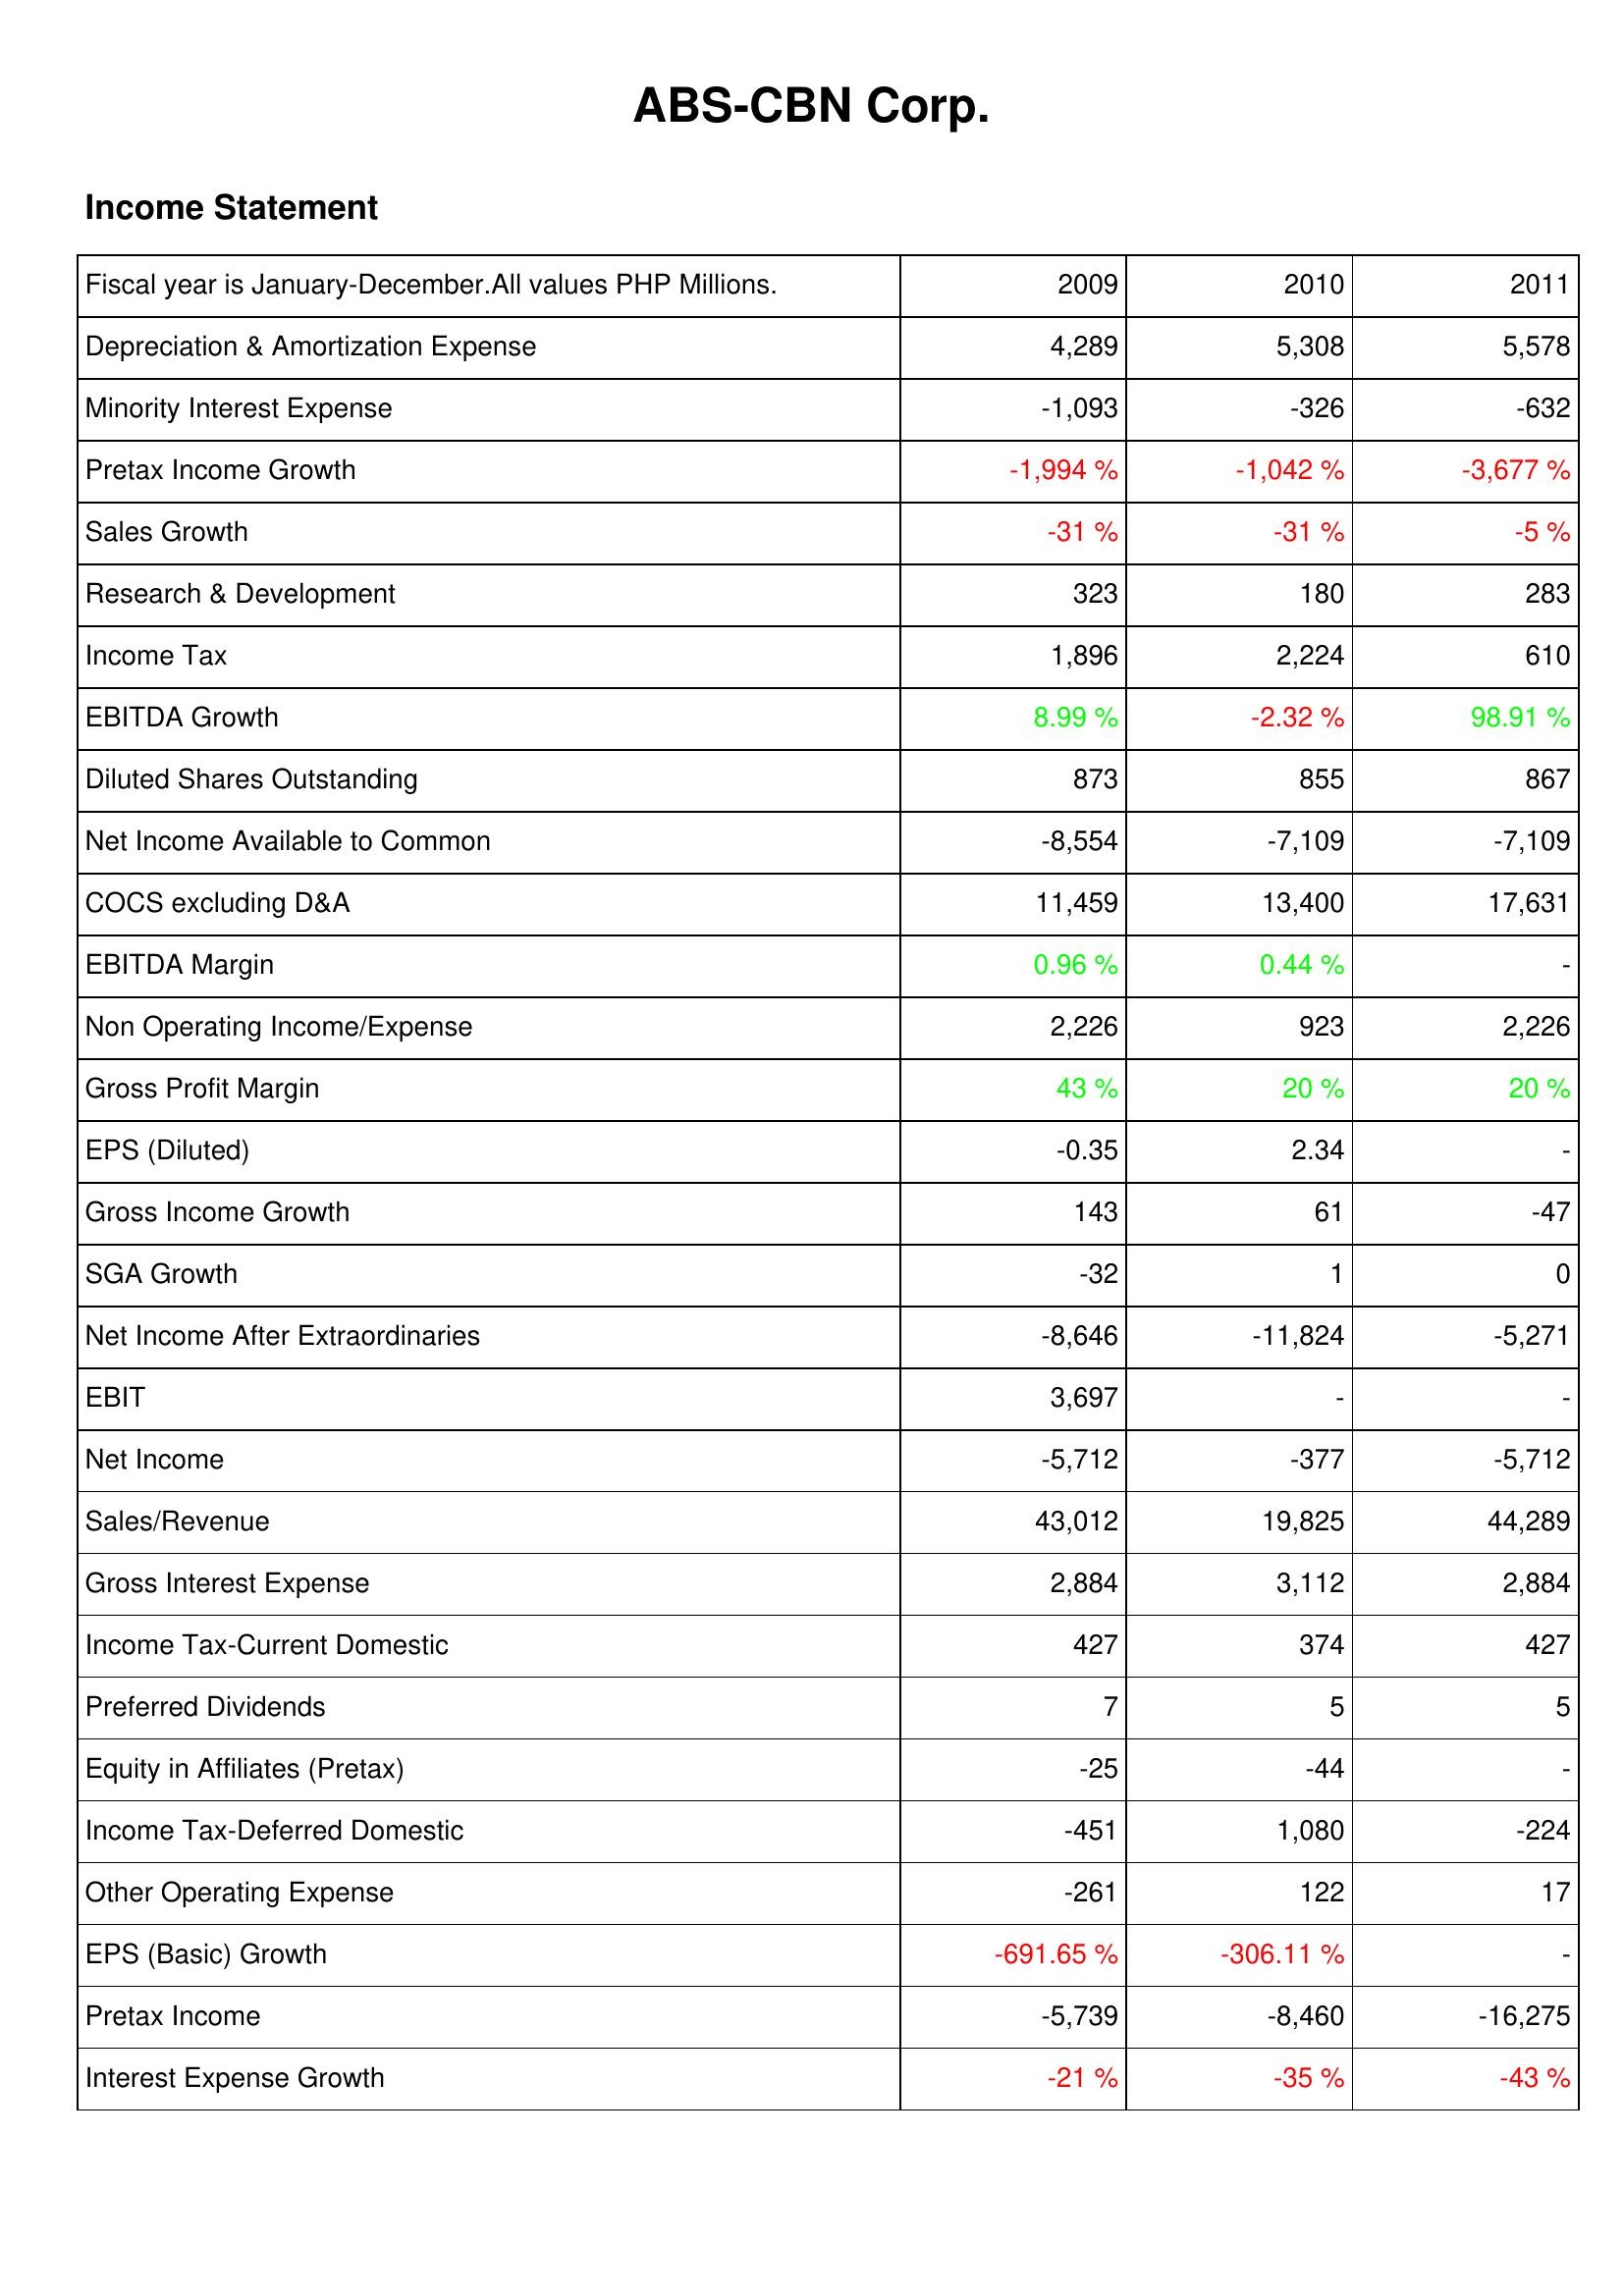
2009: Income Statement: Depreciation & Amortization Expense: 4,289
Minority Interest Expense: -1,093
Pretax Income Growth: -1,994 %
Sales Growth: -31 %
Research & Development: 323
Income Tax: 1,896
EBITDA Growth: 8.99 %
Diluted Shares Outstanding: 873
Net Income Available to Common: -8,554
COCS excluding D&A: 11,459
EBITDA Margin: 0.96 %
Non Operating Income/Expense: 2,226
Gross Profit Margin: 43 %
EPS (Diluted): -0.35
Gross Income Growth: 143
SGA Growth: -32
Net Income After Extraordinaries: -8,646
EBIT: 3,697
Net Income: -5,712
Sales/Revenue: 43,012
Gross Interest Expense: 2,884
Income Tax-Current Domestic: 427
Preferred Dividends: 7
Equity in Affiliates (Pretax): -25
Income Tax-Deferred Domestic: -451
Other Operating Expense: -261
EPS (Basic) Growth: -691.65 %
Pretax Income: -5,739
Interest Expense Growth: -21 %
2010: Income Statement: Depreciation & Amortization Expense: 5,308
Minority Interest Expense: -326
Pretax Income Growth: -1,042 %
Sales Growth: -31 %
Research & Development: 180
Income Tax: 2,224
EBITDA Growth: -2.32 %
Diluted Shares Outstanding: 855
Net Income Available to Common: -7,109
COCS excluding D&A: 13,400
EBITDA Margin: 0.44 %
Non Operating Income/Expense: 923
Gross Profit Margin: 20 %
EPS (Diluted): 2.34
Gross Income Growth: 61
SGA Growth: 1
Net Income After Extraordinaries: -11,824
EBIT: -
Net Income: -377
Sales/Revenue: 19,825
Gross Interest Expense: 3,112
Income Tax-Current Domestic: 374
Preferred Dividends: 5
Equity in Affiliates (Pretax): -44
Income Tax-Deferred Domestic: 1,080
Other Operating Expense: 122
EPS (Basic) Growth: -306.11 %
Pretax Income: -8,460
Interest Expense Growth: -35 %
2011: Income Statement: Depreciation & Amortization Expense: 5,578
Minority Interest Expense: -632
Pretax Income Growth: -3,677 %
Sales Growth: -5 %
Research & Development: 283
Income Tax: 610
EBITDA Growth: 98.91 %
Diluted Shares Outstanding: 867
Net Income Available to Common: -7,109
COCS excluding D&A: 17,631
EBITDA Margin: -
Non Operating Income/Expense: 2,226
Gross Profit Margin: 20 %
EPS (Diluted): -
Gross Income Growth: -47
SGA Growth: 0
Net Income After Extraordinaries: -5,271
EBIT: -
Net Income: -5,712
Sales/Revenue: 44,289
Gross Interest Expense: 2,884
Income Tax-Current Domestic: 427
Preferred Dividends: 5
Equity in Affiliates (Pretax): -
Income Tax-Deferred Domestic: -224
Other Operating Expense: 17
EPS (Basic) Growth: -
Pretax Income: -16,275
Interest Expense Growth: -43 %